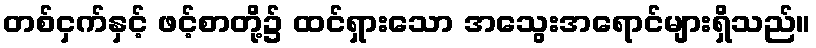
တစ်ငှက်နှင့် ဖင့်စာတို့၌ ထင်ရှားသော အသွေးအရောင်များရှိသည်။